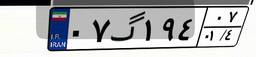
۰۷گ۱۹۴۰۷